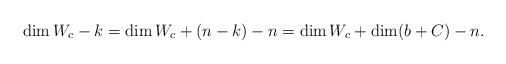
LaTeX: \begin{align*}\dim W_c - k = \dim W_c + (n-k) - n = \dim W_c + \dim (b + C) - n.\end{align*}